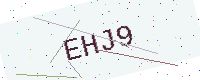
Text: EHJ9